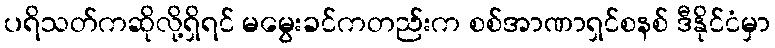
ပရိသတ်ကဆိုလို့ရှိရင် မမွေးခင်ကတည်းက စစ်အာဏာရှင်စနစ် ဒီနိုင်ငံမှာ